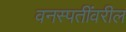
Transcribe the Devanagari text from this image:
वनस्पतींवरील